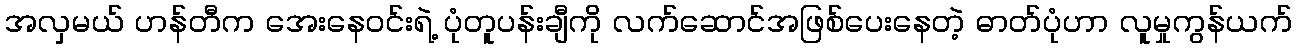
အလှမယ် ဟန်တီက အေးနေဝင်းရဲ့ ပုံတူပန်းချီကို လက်ဆောင်အဖြစ်ပေးနေတဲ့ ဓာတ်ပုံဟာ လူမှုကွန်ယက်